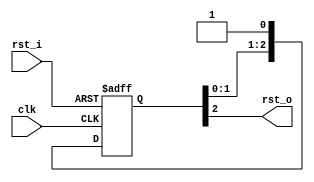
module ResetSynchronizer #(
  parameter RESET_STAGE = 3,
  parameter RESET_POSEDGE = 0
) (
  input   clk,
  input   rst_i,
  output  rst_o
);

  reg [RESET_STAGE - 1:0] reset_sync;

  assign rst_o = reset_sync[RESET_STAGE - 1];

  generate
    if (RESET_POSEDGE == 0) begin: reset_negedge
      always @(posedge clk, negedge rst_i) begin
        if (!rst_i) begin
          reset_sync <= {RESET_STAGE{1'b0}};
        end
        else begin
          reset_sync <= {reset_sync[RESET_STAGE - 2:0], 1'b1};
        end
      end
    end
    else begin: reset_posedge
      always @(posedge clk, posedge rst_i) begin
        if (rst_i) begin
          reset_sync <= {RESET_STAGE{1'b1}};
        end
        else begin
          reset_sync <= {reset_sync[RESET_STAGE - 2:0], 1'b0};
        end
      end
    end
  endgenerate

endmodule